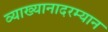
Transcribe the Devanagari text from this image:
व्याख्यानादरम्यान